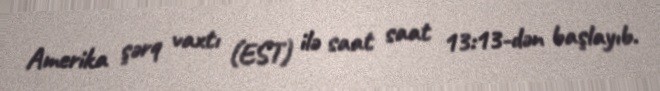
Amerika şərq vaxtı (EST) ilə saat saat 13:13-dən başlayıb.